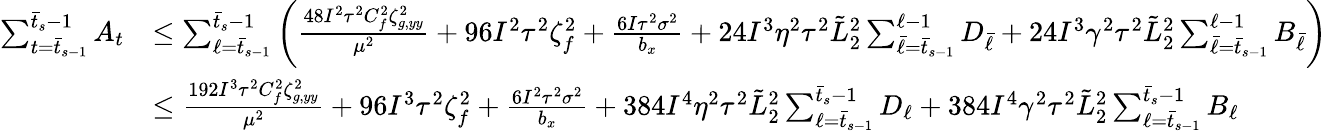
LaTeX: \begin{array}{rl}{\sum_{t=\bar{t}_{s-1}}^{\bar{t}_{s}-1}A_{t}}&{\leq\sum_{\ell=\bar{t}_{s-1}}^{\bar{t}_{s}-1}\bigg(\frac{48I^{2}\tau^{2}C_{f}^{2}\zeta_{g,yy}^{2}}{\mu^{2}}+96I^{2}\tau^{2}\zeta_{f}^{2}+\frac{6I\tau^{2}\sigma^{2}}{b_{x}}+24I^{3}\eta^{2}\tau^{2}\tilde{L}_{2}^{2}\sum_{\bar{\ell}=\bar{t}_{s-1}}^{\ell-1}D_{\bar{\ell}}+24I^{3}\gamma^{2}\tau^{2}\tilde{L}_{2}^{2}\sum_{\bar{\ell}=\bar{t}_{s-1}}^{\ell-1}B_{\bar{\ell}}\bigg)}\\ &{\leq\frac{192I^{3}\tau^{2}C_{f}^{2}\zeta_{g,yy}^{2}}{\mu^{2}}+96I^{3}\tau^{2}\zeta_{f}^{2}+\frac{6I^{2}\tau^{2}\sigma^{2}}{b_{x}}+384I^{4}\eta^{2}\tau^{2}\tilde{L}_{2}^{2}\sum_{\ell=\bar{t}_{s-1}}^{\bar{t}_{s}-1}D_{\ell}+384I^{4}\gamma^{2}\tau^{2}\tilde{L}_{2}^{2}\sum_{\ell=\bar{t}_{s-1}}^{\bar{t}_{s}-1}B_{\ell}}\end{array}